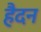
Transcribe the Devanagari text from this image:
हैदन